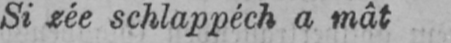
Si zée schlappéch a mât